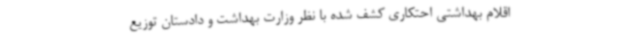
اقلام بهداشتی احتکاری کشف شده با نظر وزارت بهداشت و دادستان توزیع